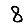
Digit: 8